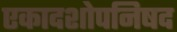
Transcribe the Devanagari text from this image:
एकादशोपनिषद